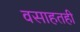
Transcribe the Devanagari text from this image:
वसाहतही